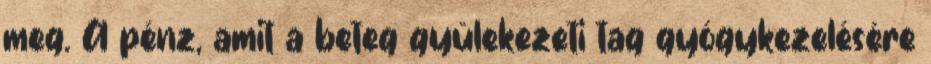
meg. A pénz, amit a beteg gyülekezeti tag gyógykezelésére